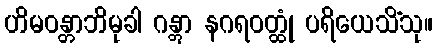
ဟိမဝန္တာဘိမုခါ ဂန္တွာ နဂရဝတ္ထုံ ပရိယေသိံသု။